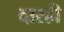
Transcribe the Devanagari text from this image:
दारही